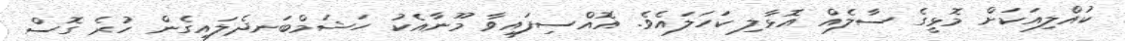
ކުއްލިއަކަށް މޮޅީގެ ސާލެއް އޮޅާލި ކަހަލައެވެ. އޮއްސިފައިވާ މޫނާއެކު ހަޝަމްބަނދެލައިގެން ހުރެ ގޮސް